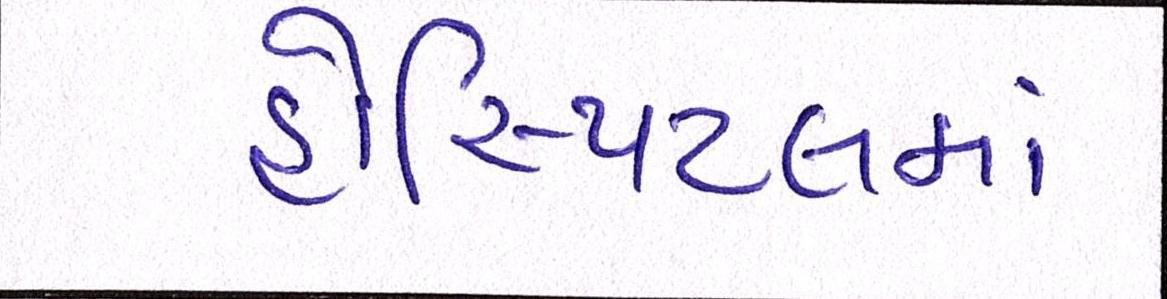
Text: હોસ્પિટલમાં